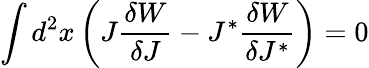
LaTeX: \int d^{2}x\left(J\frac{\delta W}{\delta J}-J^{\ast}\frac{\delta W}{\delta J^{\ast}}\right)=0